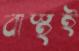
বাস্থই